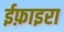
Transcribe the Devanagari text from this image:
ईफ़ाइरा